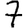
Digit: 7